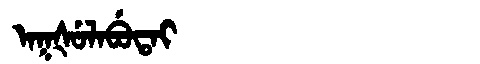
Manchu: ᠠᡴᡧᡠᠯᠠᠪᡠᡨᠠᡳ
Romanization: AKŠULABUTAI